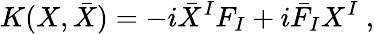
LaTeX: K(X,\bar{X})=-i{\bar{X}}^{I}F_{I}+i{\bar{F}}_{I}X^{I}\ ,